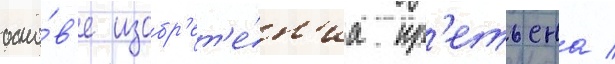
осно́в'е изобр'ет'е́н'иа кр'етьена /